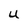
Character: u